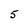
Character: 5